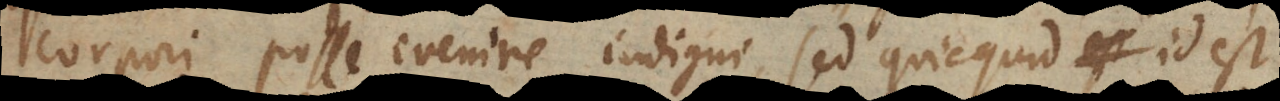
corpori posse evenire indigni, sed quicquid id est,